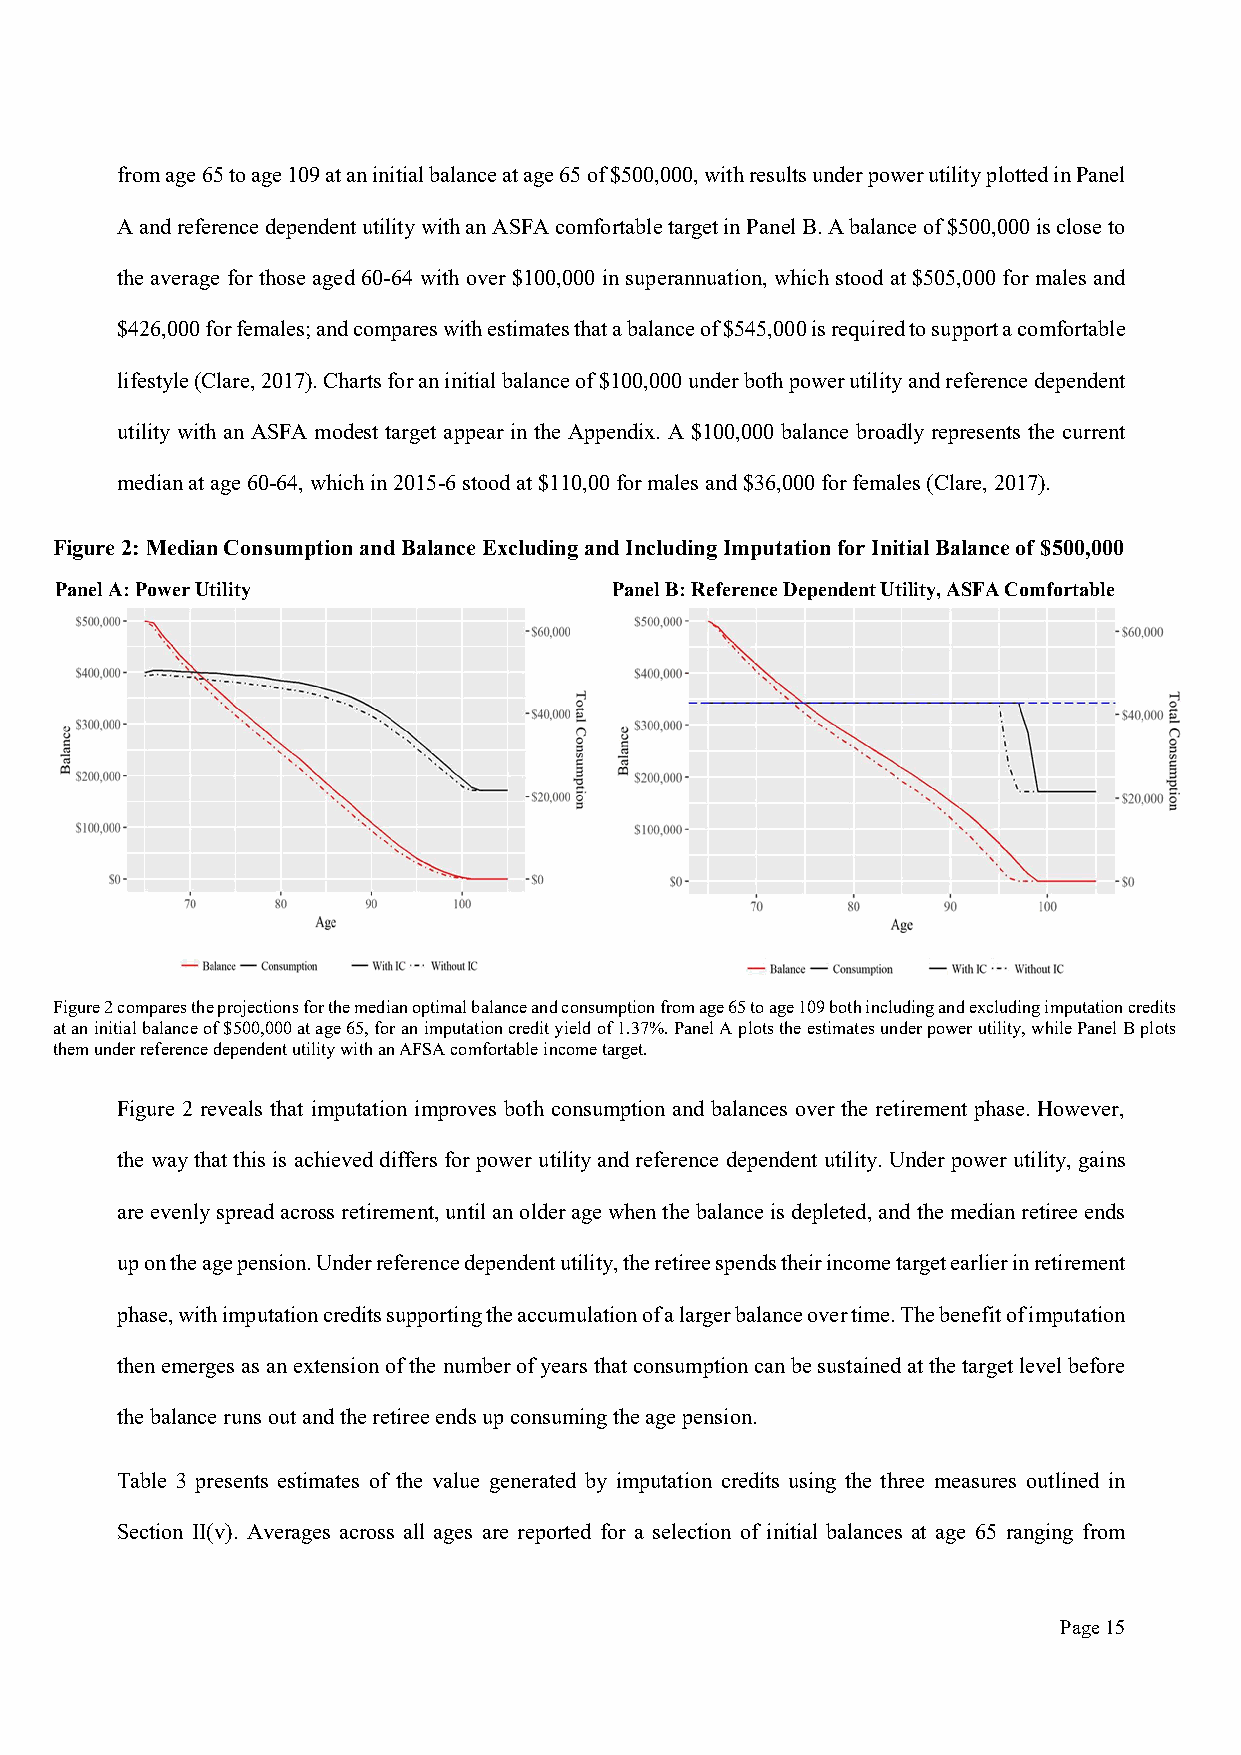
from age 65 to age 109 at an initial balance at age 65 of $500,000, with results under power utility plotted in Panel
 A and reference dependent utility with an ASFA comfortable target in Panel B. A balance of $500,000 is close to
 the average for those aged 60-64 with over $100,000 in superannuation, which stood at $505,000 for males and
 $426,000 for females; and compares with estimates that a balance of $545,000 is required to support a comfortable
 lifestyle (Clare, 2017). Charts for an initial balance of $100,000 under both power utility and reference dependent
 utility with an ASFA modest target appear in the Appendix. A $100,000 balance broadly represents the current
 median at age 60-64, which in 2015-6 stood at $110,00 for males and $36,000 for females (Clare, 2017).
 Figure 2: Median Consumption and Balance Excluding and Including Imputation for Initial Balance of $500,000
 Panel A: Power Utility               Panel B: Reference Dependent Utility, ASFA Comfortable
 Figure 2 compares the projections for the median optimal balance and consumption from age 65 to age 109 both including and excluding imputation credits
 at an initial balance of $500,000 at age 65, for an imputation credit yield of 1.37%. Panel A plots the estimates under power utility, while Panel B plots
 them under reference dependent utility with an AFSA comfortable income target.
 Figure 2 reveals that imputation improves both consumption and balances over the retirement phase. However,
 the way that this is achieved differs for power utility and reference dependent utility. Under power utility, gains
 are evenly spread across retirement, until an older age when the balance is depleted, and the median retiree ends
 up on the age pension. Under reference dependent utility, the retiree spends their income target earlier in retirement
 phase, with imputation credits supporting the accumulation of a larger balance over time. The benefit of imputation
 then emerges as an extension of the number of years that consumption can be sustained at the target level before
 the balance runs out and the retiree ends up consuming the age pension.
 Table 3 presents estimates of the value generated by imputation credits using the three measures outlined in
 Section II(v). Averages across all ages are reported for a selection of initial balances at age 65 ranging from
 Page 15